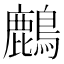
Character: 𪋞